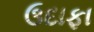
ઉદાફા